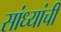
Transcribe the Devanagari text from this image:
सांध्यांची